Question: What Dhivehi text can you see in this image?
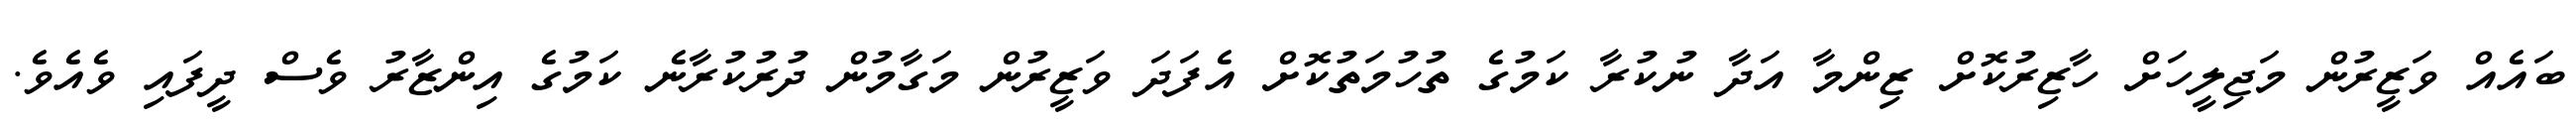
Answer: ބައެއް ވަޒީރުން މަޖިލީހަށް ހާޒިރުކޮށް ޒިންމާ އަދާ ނުކުރާ ކަމުގެ ތުހުމަތުކޮށް އެފަދަ ވަޒީރުން މަގާމުން ދުރުކުރާނެ ކަމުގެ އިންޒާރު ވެސް ދީފައި ވެއެވެ.